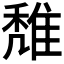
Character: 𨿖